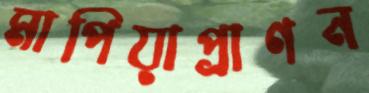
মাপিয়াপ্রাণন